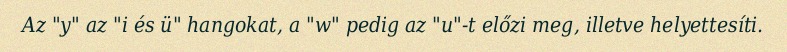
Az "y" az "i és ü" hangokat, a "w" pedig az "u"-t előzi meg, illetve helyettesíti.